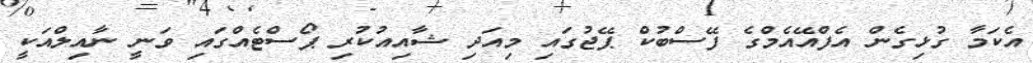
އެކަމާ ގުޅިގެން އެފްއޭއެމްގެ ފޭސްބުކް ޕޭޖުގައި މިއަދި ޝާއިއުކުރި ޕޯސްޓެއްގައި ވަނީ ނާއިލްއަކީ